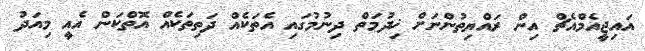
އައިޖީއެމްއެޗް އިން ރައްޔިތުންނަށް ޚިދުމަތް ދިނުމުގައި އެތަކެއް ދަތިތަކެއް އޮތްކަން އެއީ މިއަދު